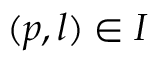
( p , l ) \in I